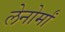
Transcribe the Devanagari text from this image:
लेनोर्मां